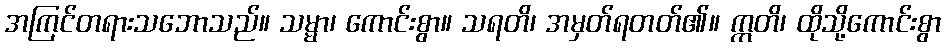
အကြင်တရားသဘောသည်။ သမ္မာ၊ ကောင်းစွာ။ သရတိ၊ အမှတ်ရတတ်၏။ ဣတိ၊ ထိုသို့ကောင်းစွာ